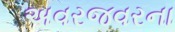
અવરજવરના